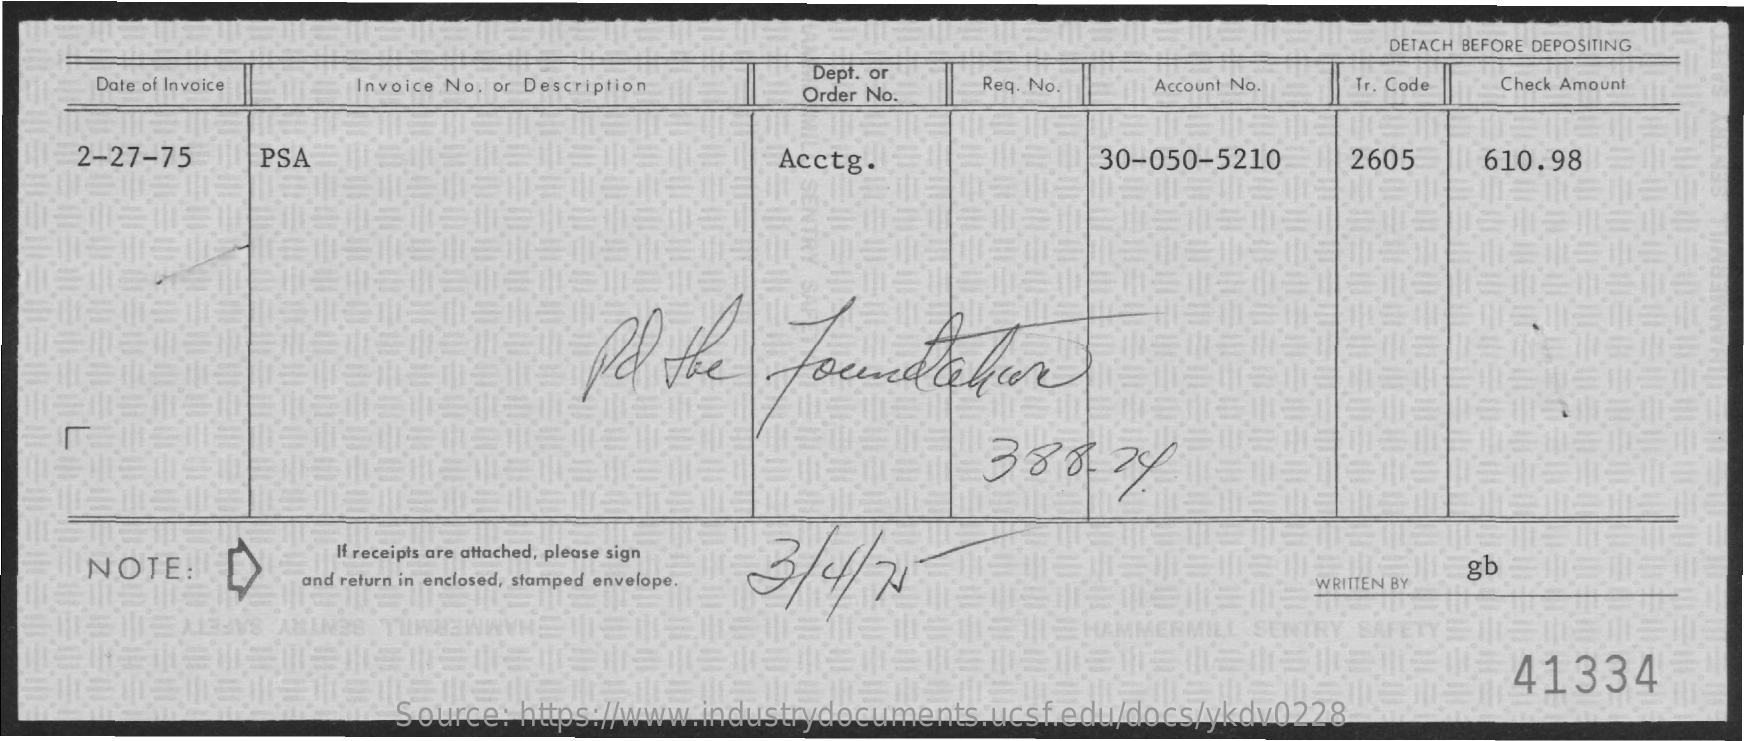
DETACH BEFORE DEPOSITING
     Date of Invoice Invoice No. or Description
     Dept. or
     Order No.  Req. No.   Account No.  Tr. Code Check Amount
     2-27-75    PSA    Acctg.    30-050-5210    2605    610.98
     Pol  the   Foundation
     388    24
     NOTE:
     If receipts are attached, please sign
     3/4/   73
     and return in enclosed, stamped envelope.
     gb
     WRITTEN BY
     41334
     Source: https://www.industrydocuments.ucsf.edu/docs/ykdv0228